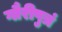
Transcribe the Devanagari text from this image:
गौरीपुत्रं